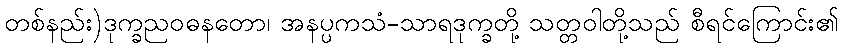
တစ်နည်း)ဒုက္ခညဝဓနတော၊ အနပ္ပကသံ-သာရဒုက္ခတို့ သတ္တဝါတို့သည် စီရင်ကြောင်း၏